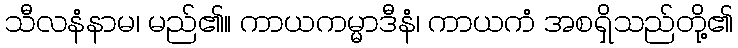
သီလနံနာမ၊ မည်၏။ ကာယကမ္မာဒီနံ၊ ကာယကံ အစရှိသည်တို့၏